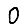
Digit: 0